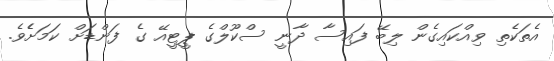
އެތަކެތި ވިއްކައިގެން ލިބޭ ފައިސާ ދާނީ ސްކޫލްގެ ޕީޓީއޭ ގެ ފަންޑަށް ކަމަަށެެވެ.